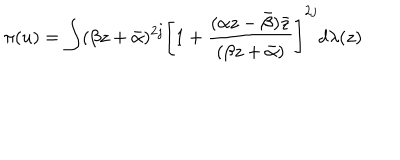
LaTeX: \pi ( u ) = \int ( \beta z + \bar { \alpha } ) ^ { 2 j } \left[ 1 + \frac { ( \alpha z - \bar { \beta } ) \bar { z } } { ( \beta z + \bar { \alpha } ) } \right] ^ { 2 j } d \lambda ( z )